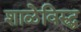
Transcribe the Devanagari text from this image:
शाळेविरुद्ध